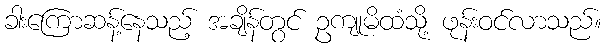
ခါးကြောဆန့်နေသည့် အချိန်တွင် ဥကျုမိထံသို့ ဖုန်းဝင်လာသည်။